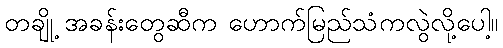
တချို့ အခန်းတွေဆီက ဟောက်မြည်သံကလွဲလို့ပေါ့။